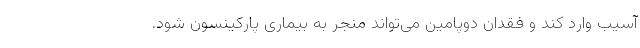
آسیب وارد کند و فقدان دوپامین می‌تواند منجر به بیماری پارکینسون شود.